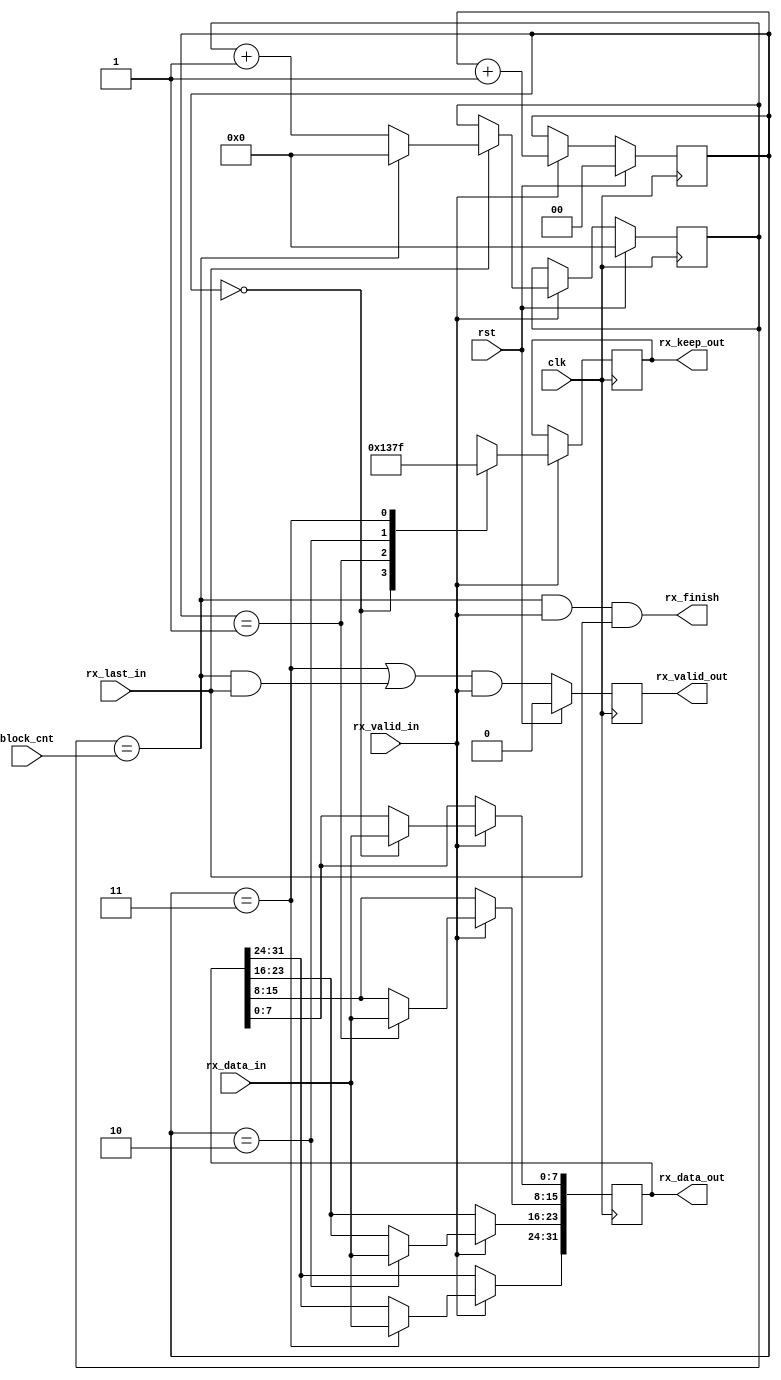
`timescale 1ns / 1ps
/**
 * 1-byte to 4-byte upscaler on SD data receiving path.
 * Also combines data packets into a single stream.
 * 
 * @author Yunye Pu
 */
module SDC_RxUpscaler #(
	parameter BLKCNT_W = 16
)(
	input clk, input rst,
	output rx_finish,
	//Stream input
	input [7:0] rx_data_in, input rx_valid_in,
	input rx_last_in,
	//Transfer size
	input [BLKCNT_W-1:0] block_cnt,
	//Stream output
	output reg [31:0] rx_data_out,
	output reg rx_valid_out, output reg [3:0] rx_keep_out = 4'b0001
);
	
	reg [BLKCNT_W-1:0] block_counter = 0;
	reg [1:0] offset = 0;
	
	always @ (posedge clk)
	if(rst)
	begin
		offset <= 0;
		block_counter <= 0;
	end
	else if(rx_valid_in)
	begin
		offset <= offset + 1;
		if(rx_last_in)
		begin
			if(block_counter == block_cnt)
				block_counter <= 0;
			else
				block_counter <= block_counter + 1;
		end
	end

	always @ (posedge clk)
	if(rst)
		rx_valid_out <= 0;
	else
		rx_valid_out <= ((offset == 2'b11) | ((block_counter == block_cnt) & rx_last_in)) & rx_valid_in;
	
	always @ (posedge clk)
	if(rx_valid_in)
	case(offset)
	2'b00: begin rx_data_out[ 7: 0] <= rx_data_in; rx_keep_out <= 4'b0001; end
	2'b01: begin rx_data_out[15: 8] <= rx_data_in; rx_keep_out <= 4'b0011; end
	2'b10: begin rx_data_out[23:16] <= rx_data_in; rx_keep_out <= 4'b0111; end
	2'b11: begin rx_data_out[31:24] <= rx_data_in; rx_keep_out <= 4'b1111; end
	endcase
	
	assign rx_finish = (block_counter == block_cnt) & rx_valid_in & rx_last_in;
	
endmodule